Punjab Mental Hospital Lahore 1922-31 - 1922-1931
Year: 1922
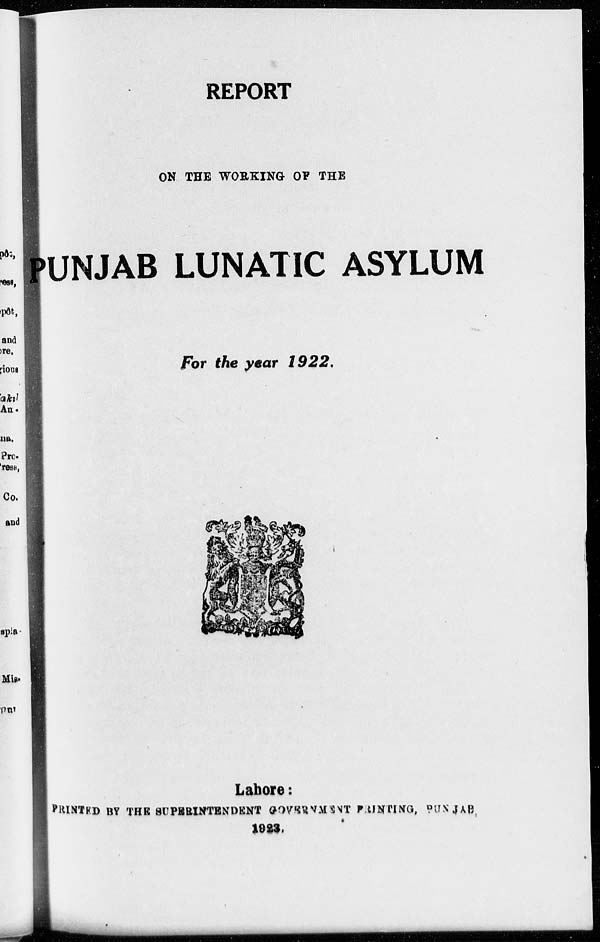
REPORT
ON THE WORKING OF THE
PUNJAB LUNATIC ASYLUM
For the year 1922.
Lahore:
PRINTED BY THE SUPERINTENDENT GOVERNMENT PRINTING, PUNJAB.
1923.